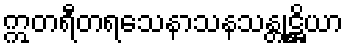
ဣတရီတရသေနာသနသန္တုဋ္ဌိယာ